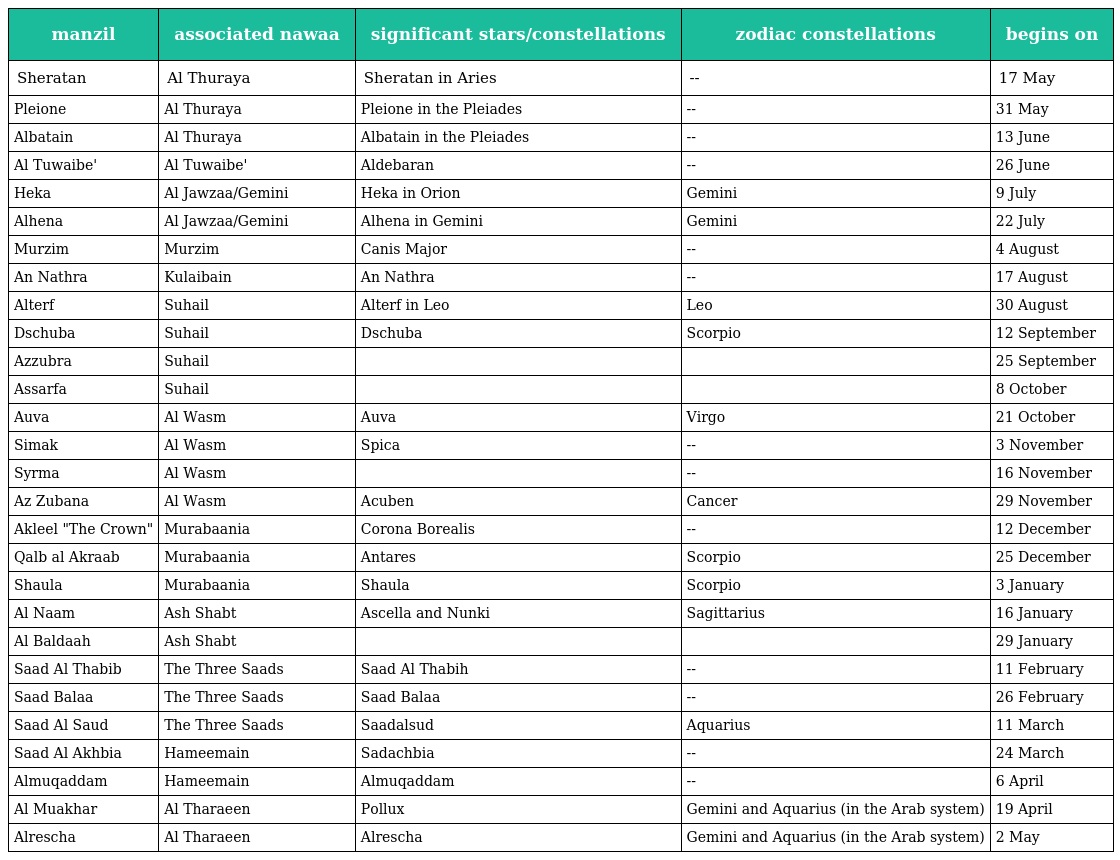
| manzil | associated nawaa | significant stars/constellations | zodiac constellations | begins on |
 | --- | --- | --- | --- | --- |
 | Sheratan | Al Thuraya | Sheratan in Aries | -- | 17 May |
 | Pleione | Al Thuraya | Pleione in the Pleiades | -- | 31 May |
 | Albatain | Al Thuraya | Albatain in the Pleiades | -- | 13 June |
 | Al Tuwaibe' | Al Tuwaibe' | Aldebaran | -- | 26 June |
 | Heka | Al Jawzaa/Gemini | Heka in Orion | Gemini | 9 July |
 | Alhena | Al Jawzaa/Gemini | Alhena in Gemini | Gemini | 22 July |
 | Murzim | Murzim | Canis Major | -- | 4 August |
 | An Nathra | Kulaibain | An Nathra | -- | 17 August |
 | Alterf | Suhail | Alterf in Leo | Leo | 30 August |
 | Dschuba | Suhail | Dschuba | Scorpio | 12 September |
 | Azzubra | Suhail |  |  | 25 September |
 | Assarfa | Suhail |  |  | 8 October |
 | Auva | Al Wasm | Auva | Virgo | 21 October |
 | Simak | Al Wasm | Spica | -- | 3 November |
 | Syrma | Al Wasm |  | -- | 16 November |
 | Az Zubana | Al Wasm | Acuben | Cancer | 29 November |
 | Akleel "The Crown" | Murabaania | Corona Borealis | -- | 12 December |
 | Qalb al Akraab | Murabaania | Antares | Scorpio | 25 December |
 | Shaula | Murabaania | Shaula | Scorpio | 3 January |
 | Al Naam | Ash Shabt | Ascella and Nunki | Sagittarius | 16 January |
 | Al Baldaah | Ash Shabt |  |  | 29 January |
 | Saad Al Thabib | The Three Saads | Saad Al Thabih | -- | 11 February |
 | Saad Balaa | The Three Saads | Saad Balaa | -- | 26 February |
 | Saad Al Saud | The Three Saads | Saadalsud | Aquarius | 11 March |
 | Saad Al Akhbia | Hameemain | Sadachbia | -- | 24 March |
 | Almuqaddam | Hameemain | Almuqaddam | -- | 6 April |
 | Al Muakhar | Al Tharaeen | Pollux | Gemini and Aquarius (in the Arab system) | 19 April |
 | Alrescha | Al Tharaeen | Alrescha | Gemini and Aquarius (in the Arab system) | 2 May |